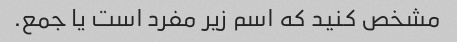
مشخص کنید که اسم زیر مفرد است یا جمع.